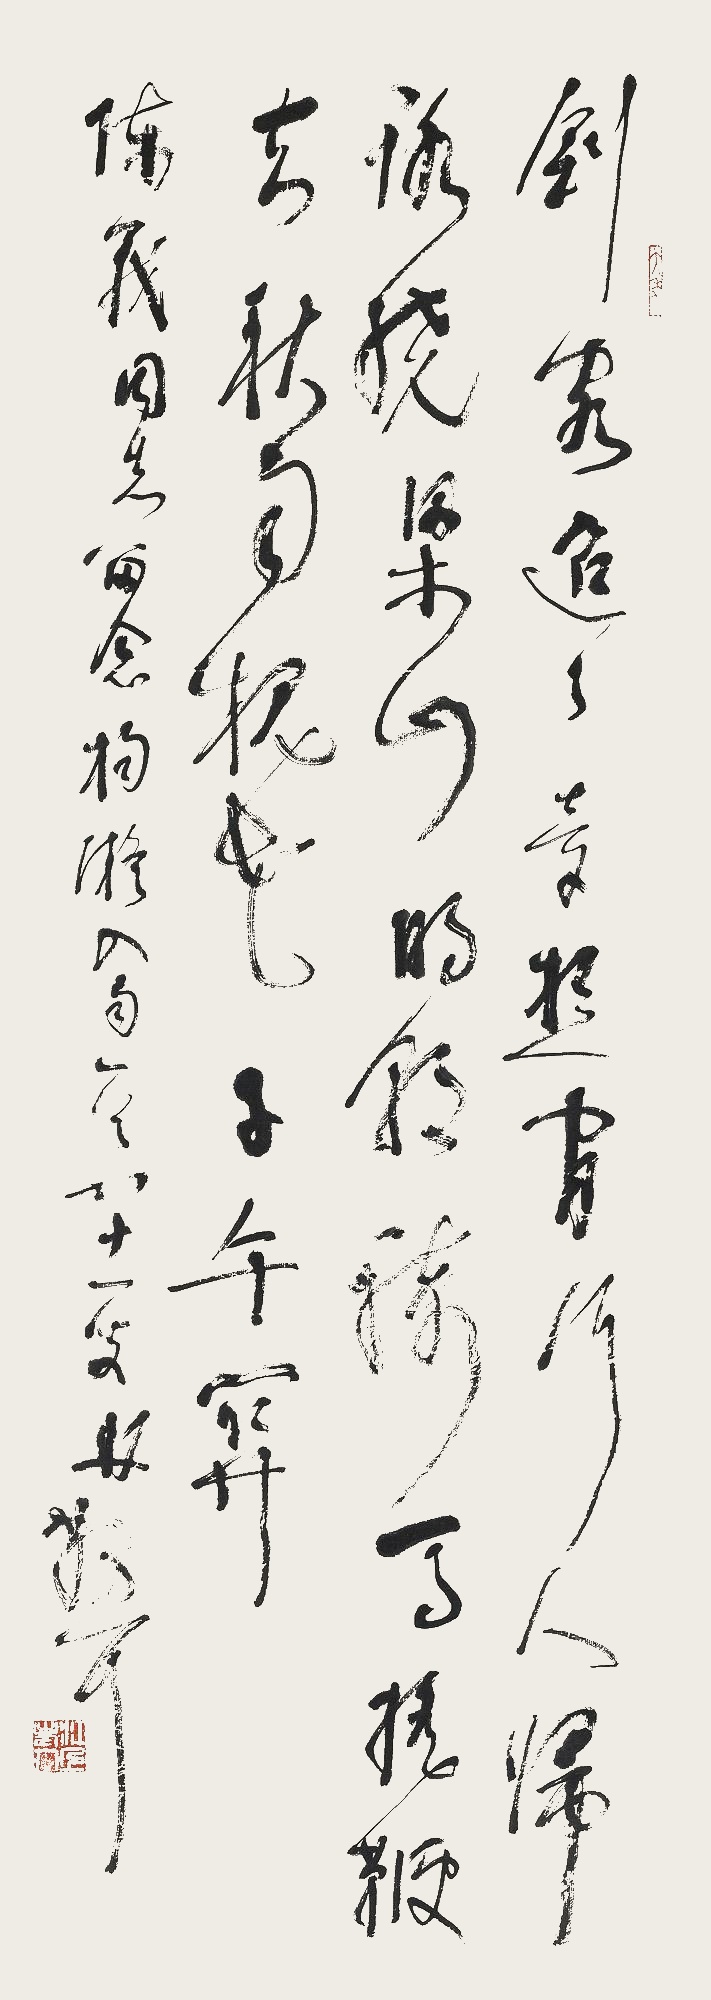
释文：剑阁迢迢梦想间，行人归路绕梁山。明朝骑马摇鞭去，秋雨槐花子午关。陈义同志留念。杨凝《入蜀》一首，八十一叟林散耳。